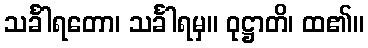
သင်္ခါရတော၊ သင်္ခါရမှ။ ဝုဋ္ဌာတိ၊ ထ၏။